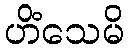
ဟိံသေမိ